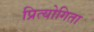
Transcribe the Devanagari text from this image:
प्रित्योगिता